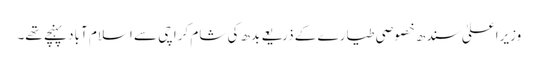
وزیراعلیٰ سندھ خصوصی طیارے کے ذریعے بدھ کی شام کراچی سے اسلام آباد پہنچے تھے۔